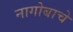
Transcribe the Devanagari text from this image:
नागोबाचे